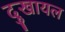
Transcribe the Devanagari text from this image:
दुखायल